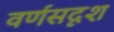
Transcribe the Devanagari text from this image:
वर्णसदृश